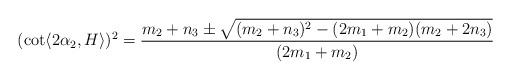
LaTeX: \begin{align*}(\cot \langle 2\alpha_{2}, H \rangle )^{2}=\frac{m_{2}+n_{3} \pm \sqrt{(m_{2}+n_{3})^{2}-(2m_{1}+m_{2})(m_{2}+2n_{3}) } }{(2m_{1}+m_{2})}\end{align*}